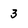
Character: 3